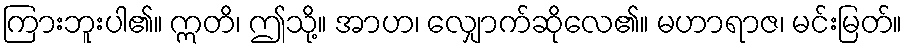
ကြားဘူးပါ၏။ ဣတိ၊ ဤသို့။ အာဟ၊ လျှောက်ဆိုလေ၏။ မဟာရာဇ၊ မင်းမြတ်။